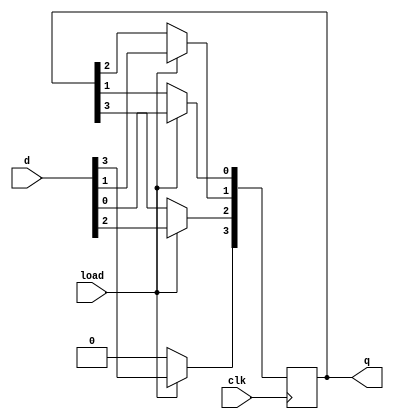
module problem1_18101707(d,load,clk,q);
input [3:0]d;
input load,clk;
output reg[3:0]q;
always @(negedge clk)
	if (load)
		q<=d;
	else
//q[3:0]<={q[0],q[3:1]};
		begin
			
			q[2]<=q[3];
			q[1]<=q[2];
			q[0]<=q[1];
			q[3]=1'b0;
		end
		
endmodule